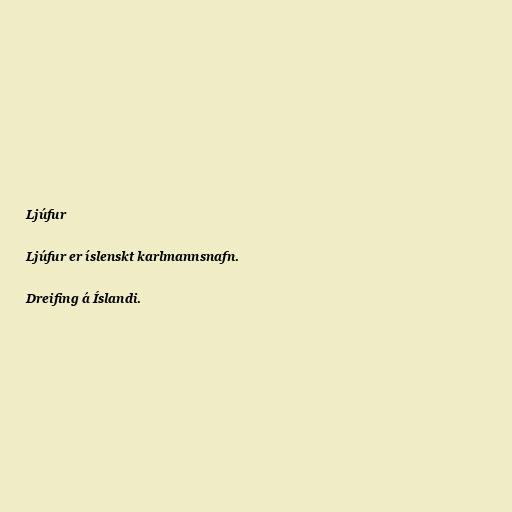
Ljúfur

Ljúfur er íslenskt karlmannsnafn.

Dreifing á Íslandi.